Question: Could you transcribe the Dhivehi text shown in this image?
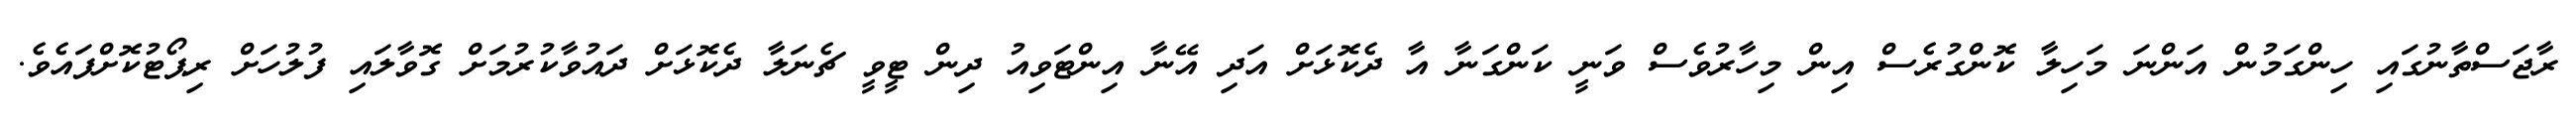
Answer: ރާޖަސްތާނުގައި ހިންގަމުން އަންނަ މަހިލާ ކޮންގުރެސް އިން މިހާރުވެސް ވަނީ ކަންގަނާ އާ ދެކޮޅަށް އަދި އޭނާ އިންޓަވިއު ދިން ޓީވީ ޗެނަލާ ދެކޮޅަށް ދައުވާކުރުމަށް ގޮވާލައި ފުލުހަށް ރިޕޯޓުކޮށްފައެވެ.